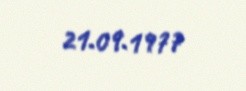
21.09.1977